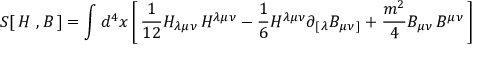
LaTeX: S [ \, H \ , B \, ] = \int d ^ { 4 } x \left[ \, { \frac { 1 } { 1 2 } } H _ { \lambda \mu \nu } \, H ^ { \lambda \mu \nu } - { \frac { 1 } { 6 } } H ^ { \lambda \mu \nu } \partial _ { [ \, \lambda } B _ { \mu \nu \, ] } + { \frac { m ^ { 2 } } { 4 } } B _ { \mu \nu } \, B ^ { \mu \nu } \, \right]